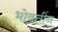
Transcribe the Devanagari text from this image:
भोवतीन